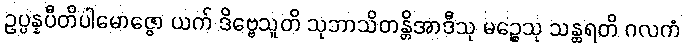
ဥပ္ပန္နပီတိပါမောဇ္ဇော ယက် ဒိဗ္ဗေသူတိ သုဘာသိတန္တိအာဒီသု မဉ္စေသု သန္ထရတိ ဂလကံ